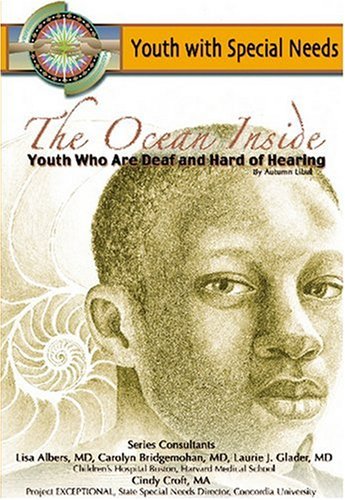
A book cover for The Ocean Inside: Youth Who Are Deaf and Hard of Hearing (Youth With Special Needs); Autumn Libal; Teen & Young Adult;